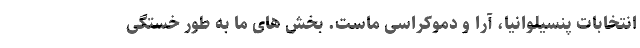
انتخابات پنسیلوانیا، آرا و دموکراسی ماست. بخش های ما به طور خستگی